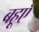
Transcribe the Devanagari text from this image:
बहूएँ